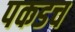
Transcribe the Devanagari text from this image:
पकडच